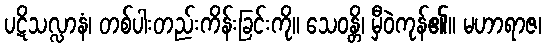
ပဋိသလ္လာနံ၊ တစ်ပါးတည်းကိန်းခြင်းကို။ သေဝန္တိ၊ မှီဝဲကုန်၏။ မဟာရာဇ၊